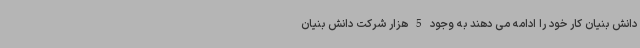
دانش بنیان کار خود را ادامه می دهند به وجود 5 هزار شرکت دانش بنیان